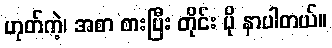
ဟုတ်ကဲ့၊ အစာ စားပြီး တိုင်း ပို နာပါတယ်။